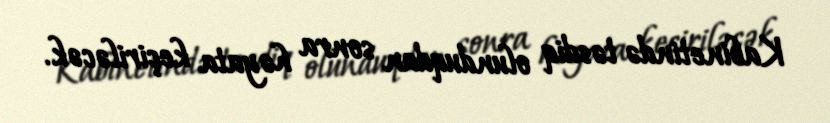
Kabinetində təsdiq olunduqdan sonra həyata keçiriləcək.